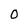
Character: 0